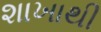
શાખાથી